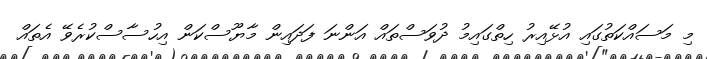
މި މަސައްކަތުގައި އުޅޭއިރު ހިތްގައިމު ދުވަސްތައް އަންނަ ފަދައިން މާޔޫސްކަން އިހުސާސްކުރެވޭ އެތައް